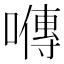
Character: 𡀯